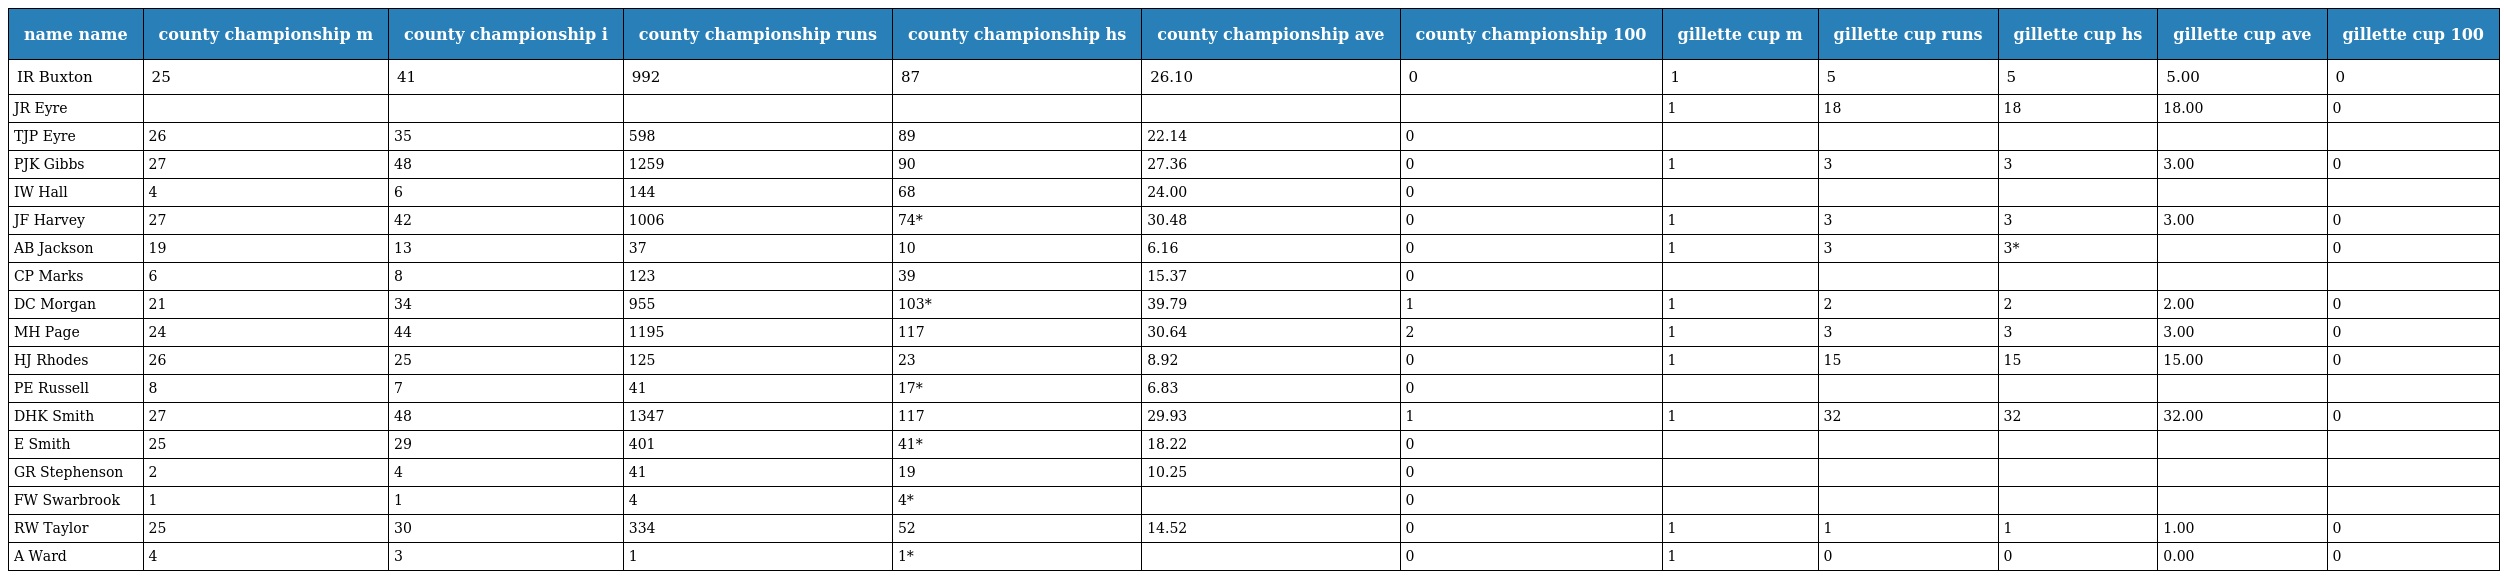
| name name | county championship m | county championship i | county championship runs | county championship hs | county championship ave | county championship 100 | gillette cup m | gillette cup runs | gillette cup hs | gillette cup ave | gillette cup 100 |
 | --- | --- | --- | --- | --- | --- | --- | --- | --- | --- | --- | --- |
 | IR Buxton | 25 | 41 | 992 | 87 | 26.10 | 0 | 1 | 5 | 5 | 5.00 | 0 |
 | JR Eyre |  |  |  |  |  |  | 1 | 18 | 18 | 18.00 | 0 |
 | TJP Eyre | 26 | 35 | 598 | 89 | 22.14 | 0 |  |  |  |  |  |
 | PJK Gibbs | 27 | 48 | 1259 | 90 | 27.36 | 0 | 1 | 3 | 3 | 3.00 | 0 |
 | IW Hall | 4 | 6 | 144 | 68 | 24.00 | 0 |  |  |  |  |  |
 | JF Harvey | 27 | 42 | 1006 | 74* | 30.48 | 0 | 1 | 3 | 3 | 3.00 | 0 |
 | AB Jackson | 19 | 13 | 37 | 10 | 6.16 | 0 | 1 | 3 | 3* |  | 0 |
 | CP Marks | 6 | 8 | 123 | 39 | 15.37 | 0 |  |  |  |  |  |
 | DC Morgan | 21 | 34 | 955 | 103* | 39.79 | 1 | 1 | 2 | 2 | 2.00 | 0 |
 | MH Page | 24 | 44 | 1195 | 117 | 30.64 | 2 | 1 | 3 | 3 | 3.00 | 0 |
 | HJ Rhodes | 26 | 25 | 125 | 23 | 8.92 | 0 | 1 | 15 | 15 | 15.00 | 0 |
 | PE Russell | 8 | 7 | 41 | 17* | 6.83 | 0 |  |  |  |  |  |
 | DHK Smith | 27 | 48 | 1347 | 117 | 29.93 | 1 | 1 | 32 | 32 | 32.00 | 0 |
 | E Smith | 25 | 29 | 401 | 41* | 18.22 | 0 |  |  |  |  |  |
 | GR Stephenson | 2 | 4 | 41 | 19 | 10.25 | 0 |  |  |  |  |  |
 | FW Swarbrook | 1 | 1 | 4 | 4* |  | 0 |  |  |  |  |  |
 | RW Taylor | 25 | 30 | 334 | 52 | 14.52 | 0 | 1 | 1 | 1 | 1.00 | 0 |
 | A Ward | 4 | 3 | 1 | 1* |  | 0 | 1 | 0 | 0 | 0.00 | 0 |